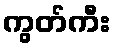
ကွတ်ကီး